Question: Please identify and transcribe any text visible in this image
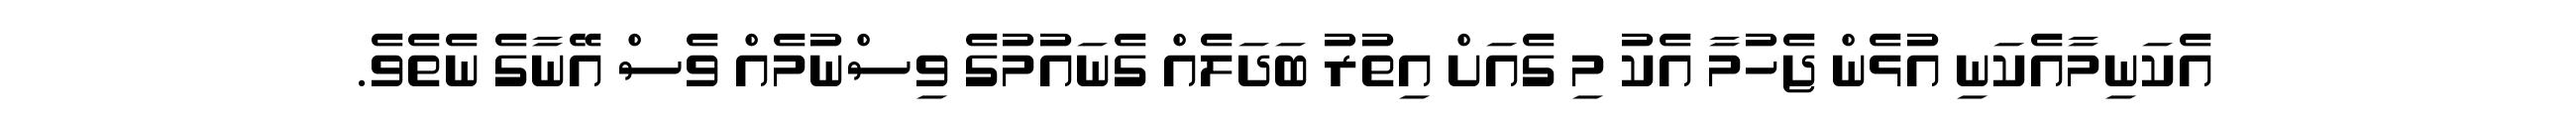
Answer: އެކަނިމާއެކަނި އުޅެން ޖެހުމާ އެކު މި ގެއަށް އިތުރު ބަދަލެއް ގެނައުމުގެ ވިސްނުމެއް ވެސް އޭނާގެ ނެތެވެ.